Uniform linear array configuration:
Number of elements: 32
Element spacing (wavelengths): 1
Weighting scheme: kaiser
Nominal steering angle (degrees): -45
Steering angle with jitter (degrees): -43.645
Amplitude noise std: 0.05
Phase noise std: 0.05

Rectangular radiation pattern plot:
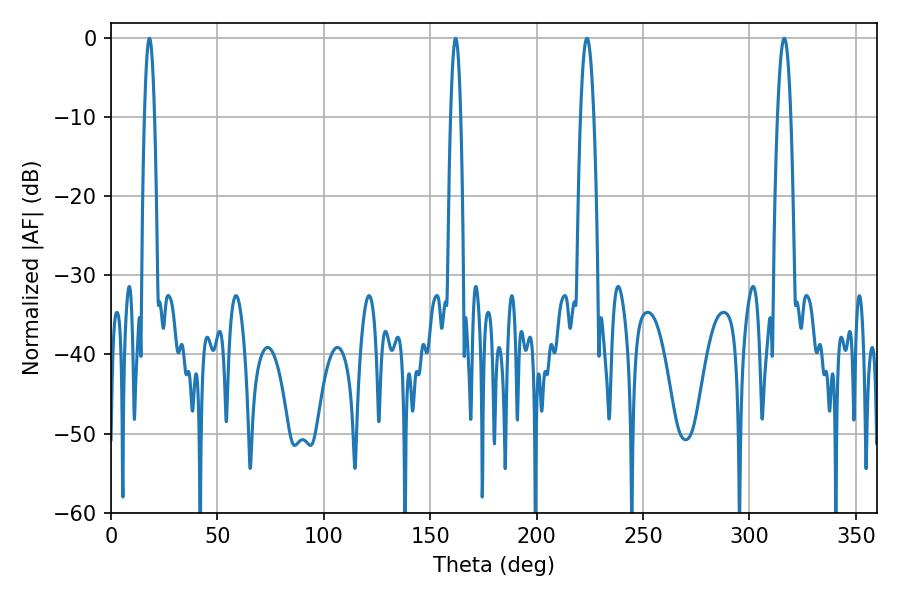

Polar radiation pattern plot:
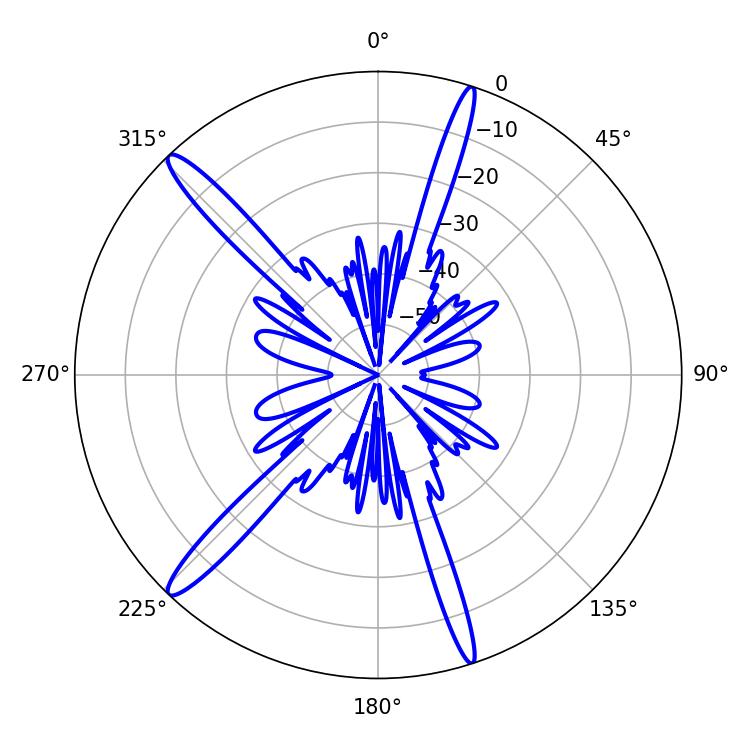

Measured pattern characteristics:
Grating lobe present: TRUE
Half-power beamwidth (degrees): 2.52
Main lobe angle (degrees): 18